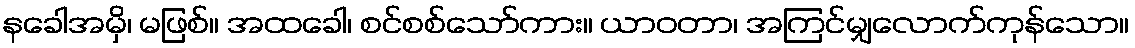
နခေါအမှိ၊ မဖြစ်။ အထခေါ၊ စင်စစ်သော်ကား။ ယာဝတာ၊ အကြင်မျှလောက်ကုန်သော။